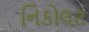
નિકોલટ